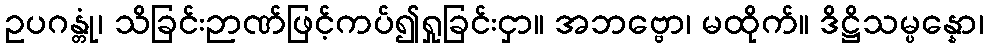
ဥပဂန္တုံ၊ သိခြင်းဉာဏ်ဖြင့်ကပ်၍ရှုခြင်းငှာ။ အဘဗ္ဗော၊ မထိုက်။ ဒိဋ္ဌိသမ္ပန္နော၊